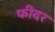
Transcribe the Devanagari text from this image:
फीदर